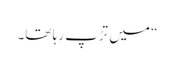
“ میں تڑپ رہا تھا۔